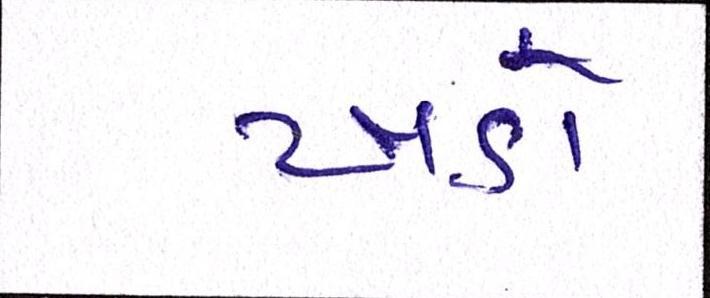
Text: ખડો